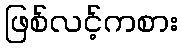
ဖြစ်လင့်ကစား